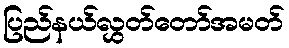
ပြည်နယ်လွှတ်တော်အမတ်